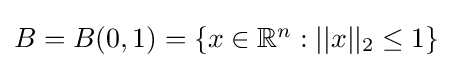
{\textstyle B=B(0,1)=\{x\in \mathbb {R} ^{n}:||x||_{2}\leq 1\}}